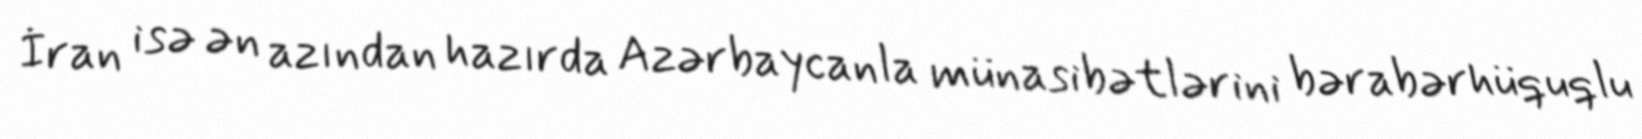
İran isə ən azından hazırda Azərbaycanla münasibətlərini bərabərhüquqlu